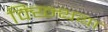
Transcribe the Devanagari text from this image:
क्य्न्थिया